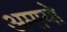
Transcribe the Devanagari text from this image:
अमायो